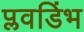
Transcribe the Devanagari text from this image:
प्लवडिंभ